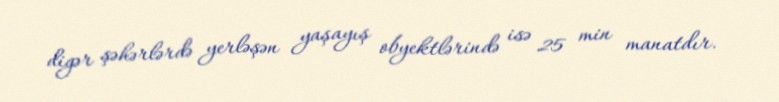
digər şəhərlərdə yerləşən yaşayış obyektlərində isə 25 min manatdır.